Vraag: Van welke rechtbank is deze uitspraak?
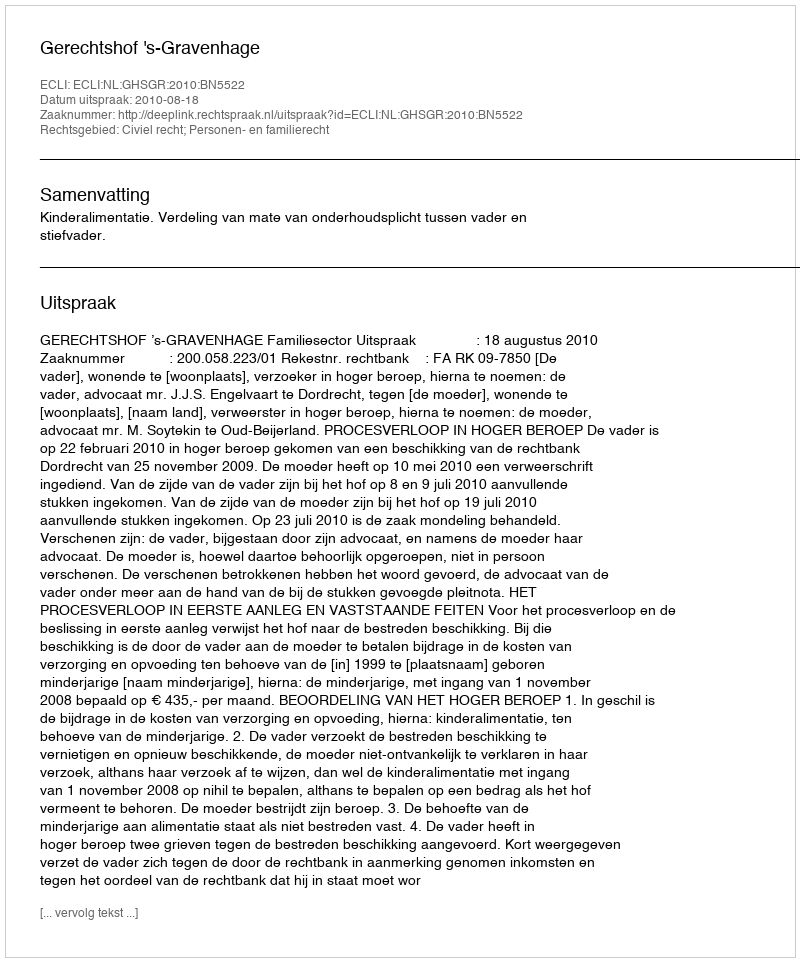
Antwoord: Gerechtshof 's-Gravenhage